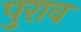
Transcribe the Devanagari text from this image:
पुराव